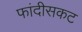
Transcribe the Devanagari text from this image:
फांदीसकट